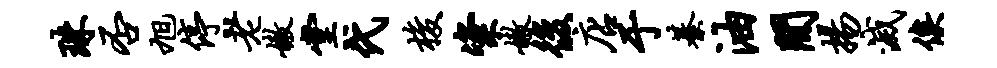
珠否旭停老嫩堂代梭粢嫩后店于綦油间扬灭俟